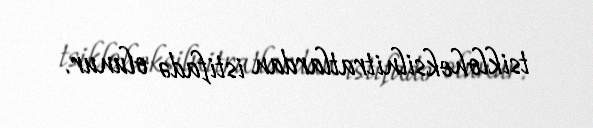
tsikloheksilnitratlardan istifadə olunur.